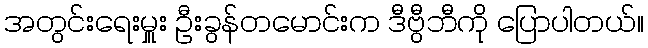
အတွင်းရေးမှူး ဦးခွန်တမောင်းက ဒီဗွီဘီကို ပြောပါတယ်။